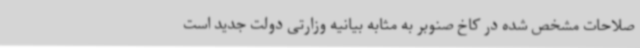
صلاحات مشخص شده در کاخ صنوبر به مثابه بیانیه وزارتی دولت جدید است